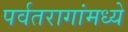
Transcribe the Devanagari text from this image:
पर्वतरागांमध्ये